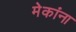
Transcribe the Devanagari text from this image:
मेकांना